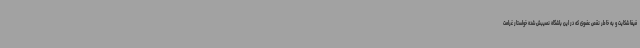
فیفا شکایت و به خاطر نقص عضوی که در این باشگاه نصیبش شده خواستار غرامت